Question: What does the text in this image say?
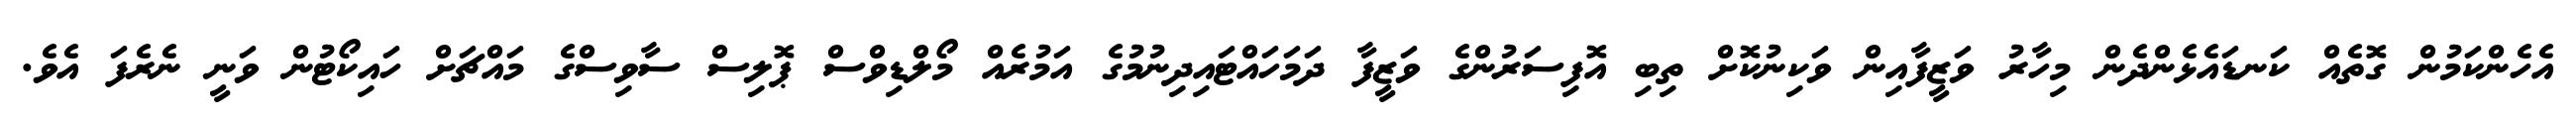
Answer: އެހެންކަމުން ގޮތެއް ކަނޑައެޅެންދެން މިހާރު ވަޒީފާއިން ވަކިނުކޮށް ތިބި އޮފިސަރުންގެ ވަޒީފާ ދަމަހައްޓައިދިނުމުގެ އަމުރެއް މޯލްޑިވްސް ޕޮލިސް ސާވިސްގެ މައްޗަށް ހައިކޯޓުން ވަނީ ނެރެފަ އެވެ.